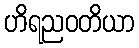
ဟိရညဝတိယာ